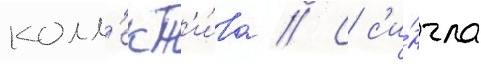
колл'ект'и́ва // С с'и́нгла